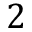
2